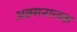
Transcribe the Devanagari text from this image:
अक्र्मनात्तक